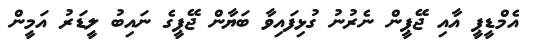
އެމްޑީޕީ އާއި ޖޭޕީން ނެރުނު ގުޅިފައިވާ ބަޔާން ޖޭޕީގެ ނައިބު ލީޑަރު އަމީން